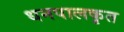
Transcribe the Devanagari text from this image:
धनपालकृत